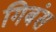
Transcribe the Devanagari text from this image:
गिबंस